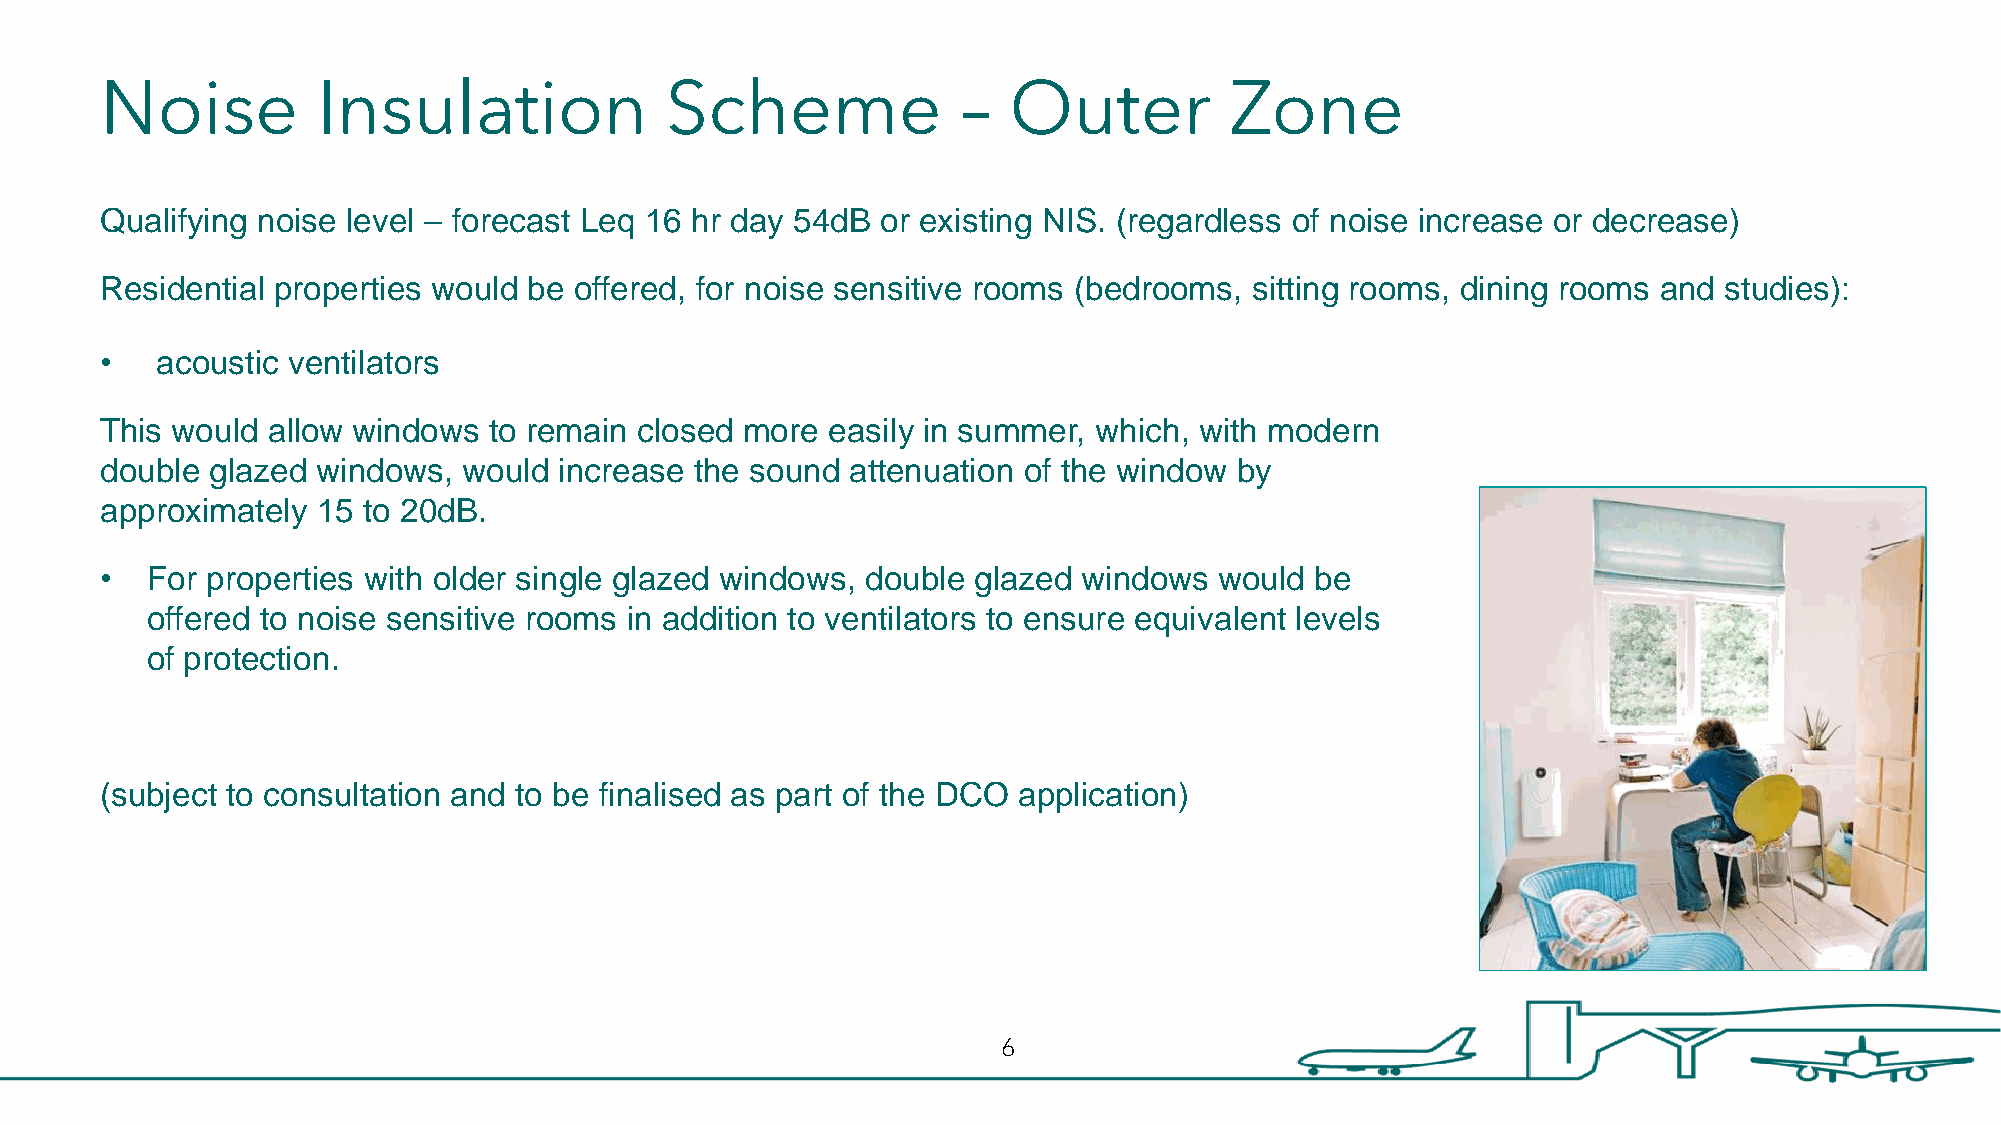
Noise         Insulation             Scheme              –  Outer         Zone
 Qualifying noise level – forecast Leq 16 hr day 54dB or existing NIS. (regardless of noise increase or decrease)
 Residential properties would be offered, for noise sensitive rooms (bedrooms, sitting rooms, dining rooms and studies):
 •  acoustic ventilators
 This would allow windows to remain closed more  easily in summer, which, with modern
 double glazed windows,  would increase the sound attenuation of the window by
 approximately 15 to 20dB.
 •  For properties with older single glazed windows, double glazed windows would be
 offered to noise sensitive rooms in addition to ventilators to ensure equivalent levels
 of protection.
 (subject to consultation and to be finalised as part of the DCO application)
 6